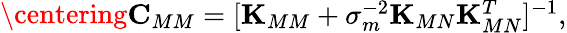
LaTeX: \centering\begin{array}{r}{\boldsymbol{\mathbf{C}}_{MM}=[\boldsymbol{\mathbf{K}}_{MM}+\sigma_{m}^{-2}\boldsymbol{\mathbf{K}}_{MN}\boldsymbol{\mathbf{K}}_{MN}^{T}]^{-1},}\end{array}